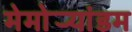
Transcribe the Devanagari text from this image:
मेमोर्‍यांडम